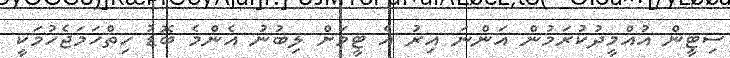
ސިޓީން އުއްމީދުކުރަމުން އަންނަ އިރު އެ ޓީމަށް ލިބުނު އެންމެ ބޮޑު ހިތްހަމަޖެހުމަކީ